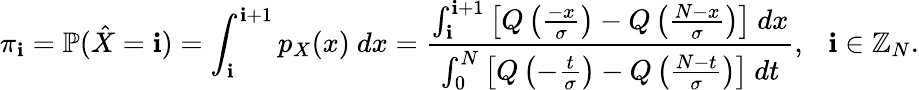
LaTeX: \pi_{\mathbf{i}}=\mathbb{{P}}(\hat{{X}}=\mathbf{i})=\int_{\mathbf{i}}^{\mathbf{i}+1}p_{X}(x)~dx=\frac{{\int_{\mathbf{i}}^{\mathbf{i}+1}\left[Q\left(\frac{{-x}}{{\sigma}}\right)-Q\left(\frac{{N-x}}{{\sigma}}\right)\right]~dx}}{{\int_{0}^{N}\left[Q\left(-\frac{{t}}{{\sigma}}\right)-Q\left(\frac{{N-t}}{{\sigma}}\right)\right]~dt}},~~~\mathbf{i}\in\mathbb{{Z}}_{N}.